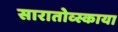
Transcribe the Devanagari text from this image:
सारातोव्स्काया